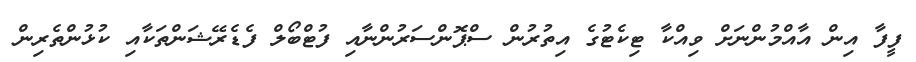
ފީފާ އިން އާއްމުންނަށް ވިއްކާ ޓިކެޓުގެ އިތުރުން ސްޕޮންސަރުންނާއި ފުޓްބޯލް ފެޑެރޭޝަންތަކާއި ކުޅުންތެރިން